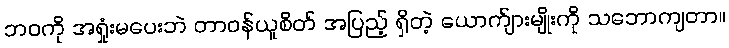
ဘဝကို အရှုံးမပေးဘဲ တာဝန်ယူစိတ် အပြည့် ရှိတဲ့ ယောက်ျားမျိုးကို သဘောကျတာ။